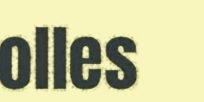
olles